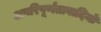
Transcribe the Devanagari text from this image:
अपरिपूर्णतावादियों